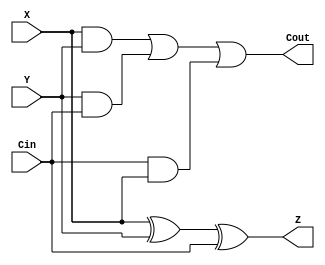
module full_adder (//Boilerplate Full Adder code
    input wire X,Y,Cin,//not much to explain here
    output wire Z,Cout
);
    assign Z=X^Y^Cin;
    assign Cout=X&Y|Y&Cin|Cin&X;
endmodule